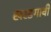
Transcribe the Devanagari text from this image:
खरडगावी